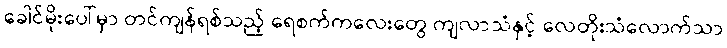
ခေါင်မိုးပေါ်မှာ တင်ကျန်ရစ်သည့် ရေစက်ကလေးတွေ ကျလာသံနှင့် လေတိုးသံလောက်သာ